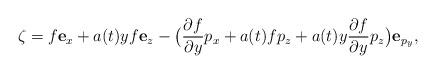
LaTeX: \begin{align*}\zeta=f \mathbf e_x+a(t)yf \mathbf e_z-\big(\frac{\partial f}{\partial y}p_x+a(t)f p_z+a(t)y\frac{\partial f}{\partial y}p_z \big)\mathbf e_{p_y},\end{align*}